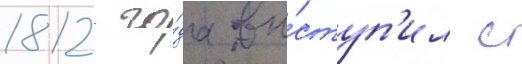
1812 го́да вы́ступ'ил с